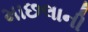
માછલાની